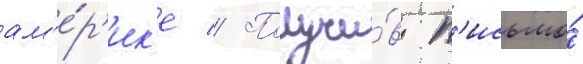
ам'е́р'ик'е // Получи́в п'исьмо́